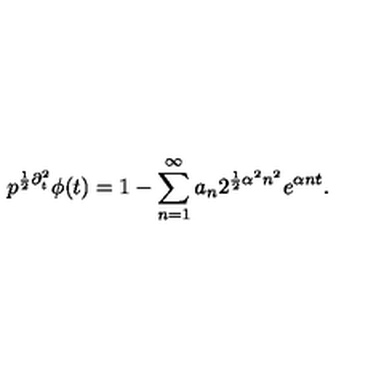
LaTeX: p ^ { { \frac { 1 } { 2 } } \partial _ { t } ^ { 2 } } \phi ( t ) = 1 - \sum _ { n = 1 } ^ { \infty } a _ { n } 2 ^ { { \frac { 1 } { 2 } } \alpha ^ { 2 } n ^ { 2 } } e ^ { \alpha n t } .